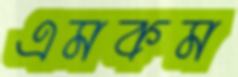
এমকম